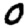
Digit: 0